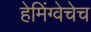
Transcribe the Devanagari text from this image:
हेमिंग्वेचेच